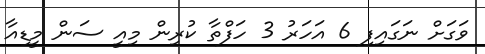
ވަގަށް ނަގައިފި 6 އަހަރު 3 ހަފްތާ ކުރިން މިއީ ސަން މީޑިއާ